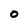
Character: 0